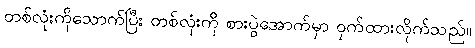
တစ်လုံးကိုသောက်ပြီး တစ်လုံးကို စားပွဲအောက်မှာ ဝှက်ထားလိုက်သည်။